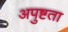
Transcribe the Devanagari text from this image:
अपुष्टता